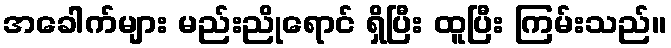
အခေါက်များ မည်းညိုရောင် ရှိပြီး ထူပြီး ကြမ်းသည်။